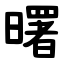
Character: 曙